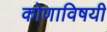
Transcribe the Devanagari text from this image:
कोणाविषयी